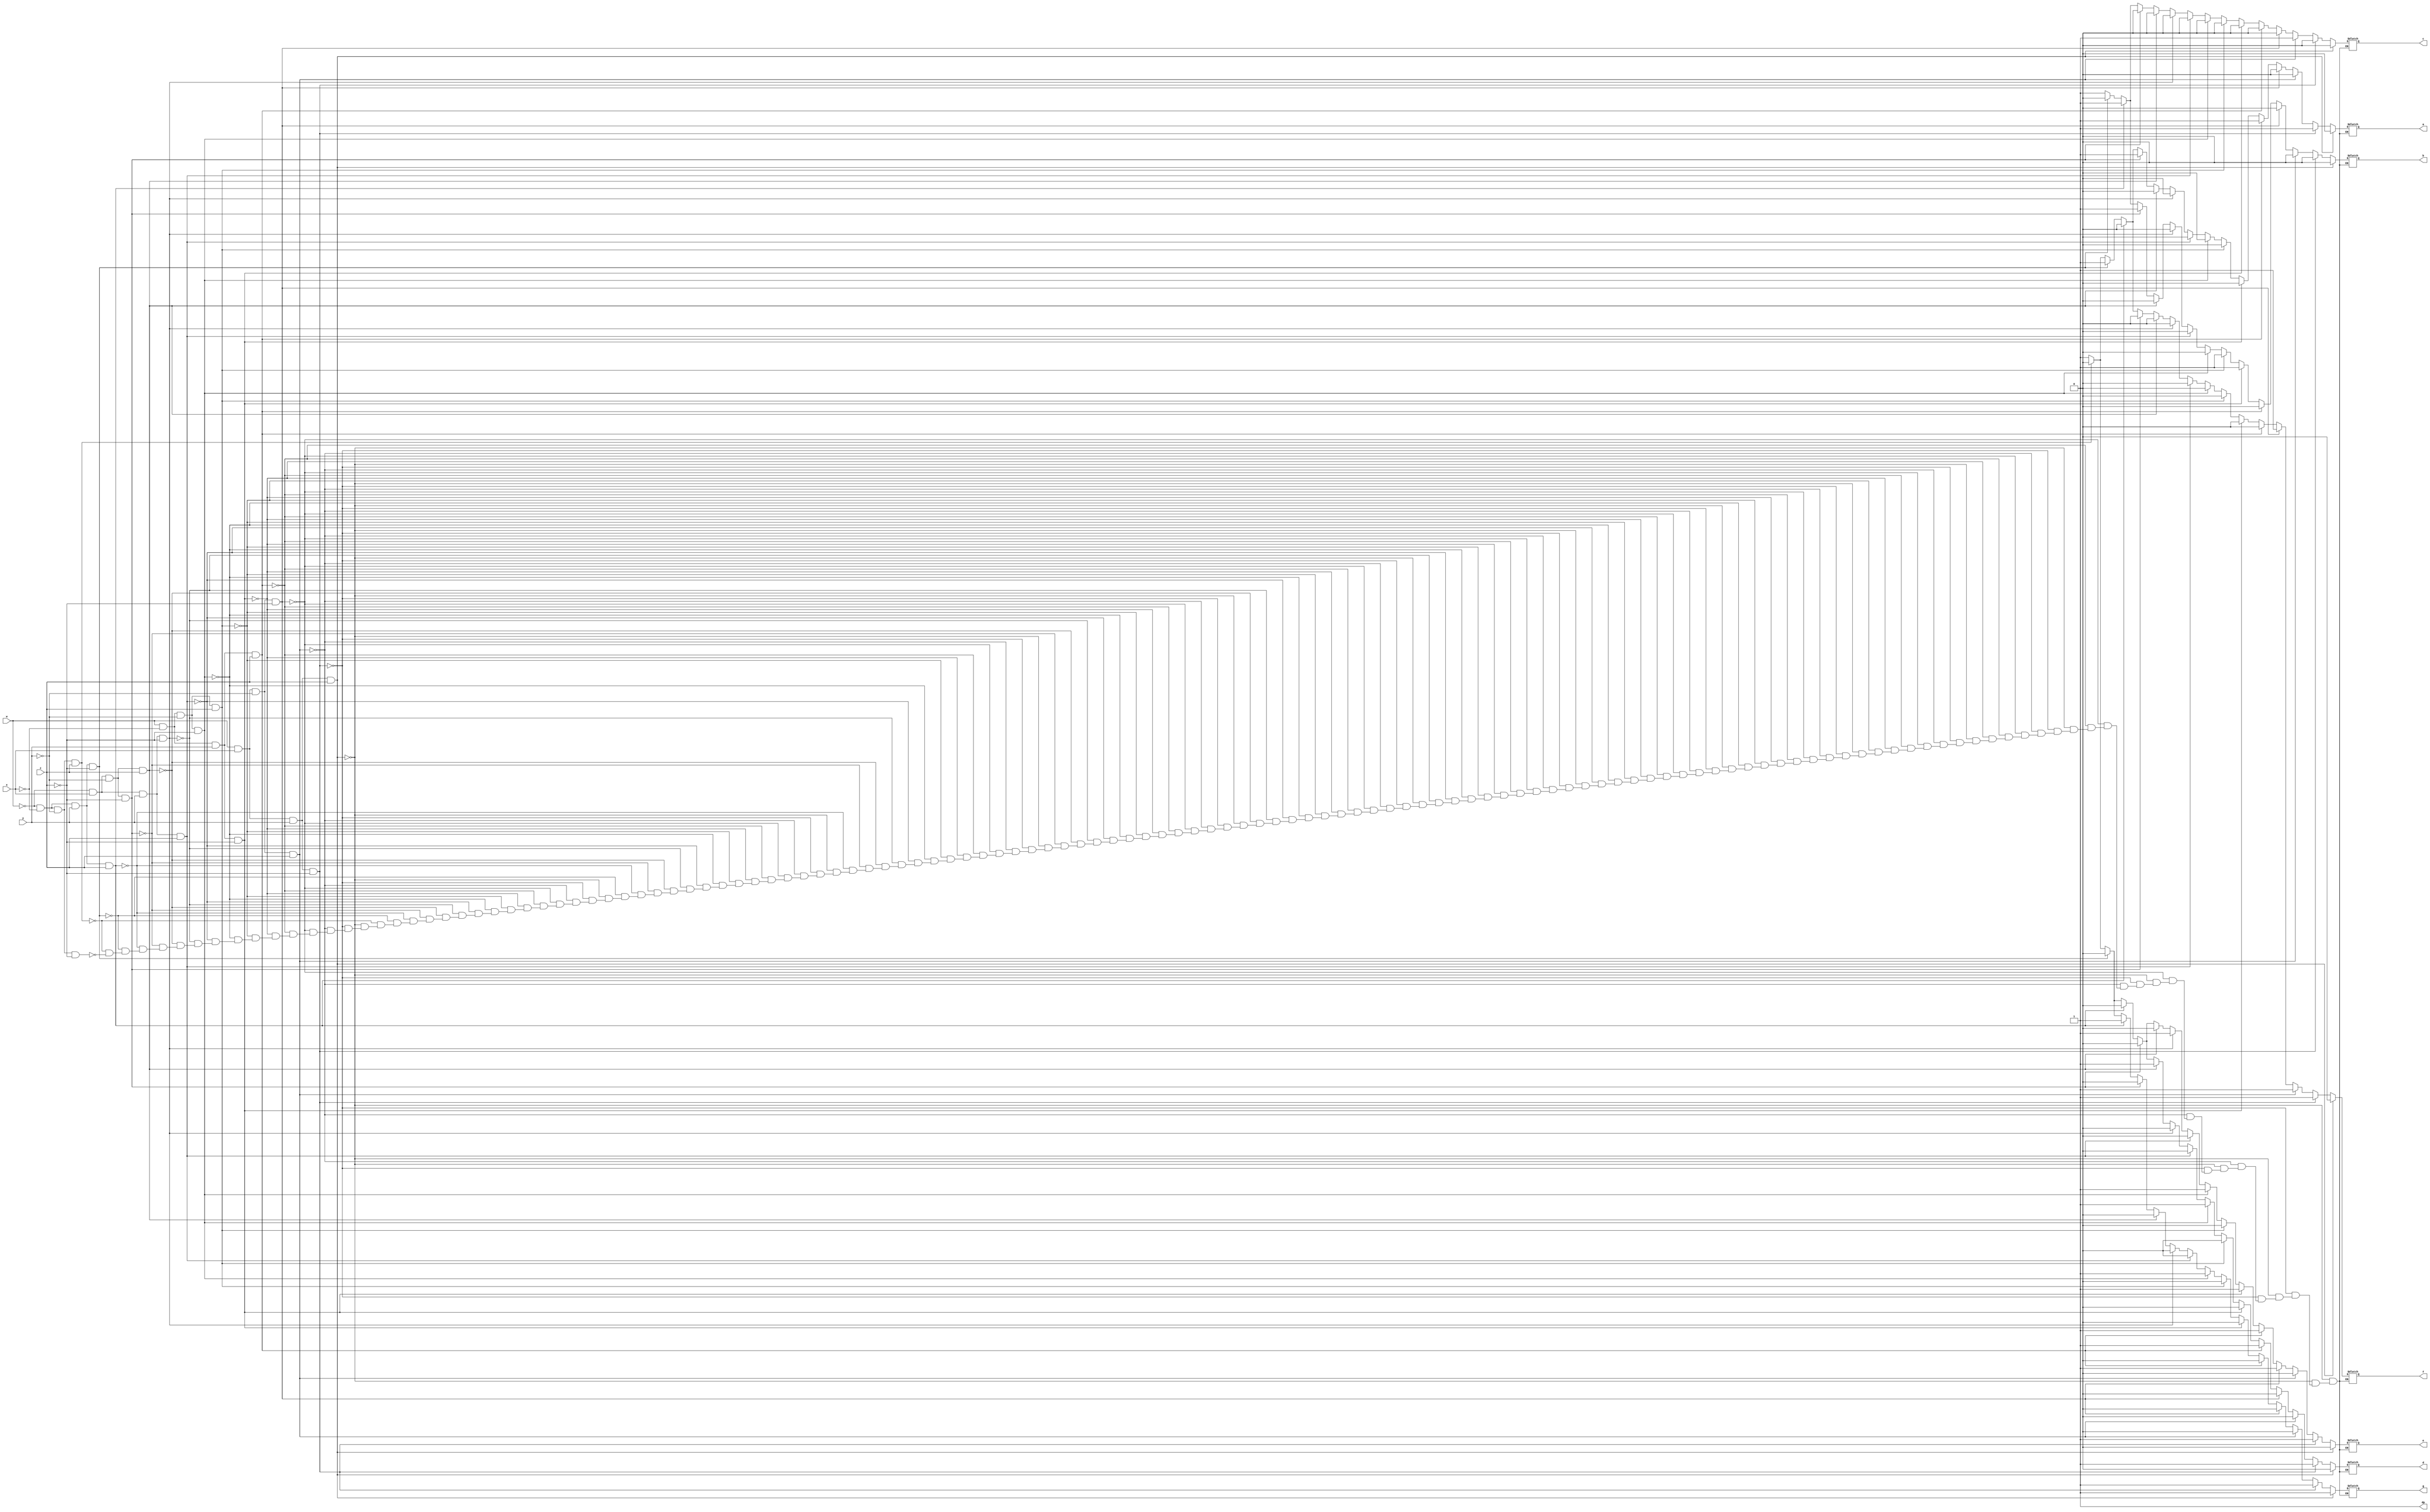
`timescale 1ns / 1ps

module SevenSegmentLogic(w, x, y, z, a, b, c, d, e, f, g, dp);

	input w, x, y, z;
	output reg a, b, c, d, e, f, g, dp;
	
	always@(w, x, y, z) begin
		$display("wxyz = ",w,x,y,z);
		// 0
		if (w==1 && x==1 && y==1 && z==1) begin
			a = 0;
			b = 0;
			c = 0;
			d = 0;
			e = 0;
			f = 0;
			g = 1;
		end
		// 1
		else if (w==1 && x==1 && y==1 && z==0) begin
			a = 1;
			b = 0;
			c = 0;
			d = 1;
			e = 1;
			f = 1;
			g = 1;
		end
		// 2
		else if (w==1 && x==1 && y==0 && z==1) begin
			a = 0;
			b = 0;
			c = 1;
			d = 0;
			e = 0;
			f = 1;
			g = 0;
		end
		// 3
		else if (w==1 && x==1 && y==0 && z==0) begin
			a = 0;
			b = 0;
			c = 0;
			d = 0;
			e = 1;
			f = 1;
			g = 0;
		end
		// 4
		else if (w==1 && x==0 && y==1 && z==1) begin
			a = 1;
			b = 0;
			c = 0;
			d = 1;
			e = 1;
			f = 0;
			g = 0;
		end
		// 5
		else if (w==1 && x==0 && y==1 && z==0) begin
			a = 0;
			b = 1;
			c = 0;
			d = 0;
			e = 1;
			f = 0;
			g = 0;
		end
		// 6
		else if (w==1 && x==0 && y==0 && z==1) begin
			a = 0;
			b = 1;
			c = 0;
			d = 0;
			e = 0;
			f = 0;
			g = 0;
		end
		// 7
		else if (w==1 && x==0 && y==0 && z==0) begin
			a = 0;
			b = 0;
			c = 0;
			d = 1;
			e = 1;
			f = 1;
			g = 1;
		end
		// 8
		else if (w==0 && x==1 && y==1 && z==1) begin
			a = 0;
			b = 0;
			c = 0;
			d = 0;
			e = 0;
			f = 0;
			g = 0;
		end
		// 9
		else if (w==0 && x==1 && y==1 && z==0) begin
			a = 0;
			b = 0;
			c = 0;
			d = 0;
			e = 1;
			f = 0;
			g = 0;
		end
		// A
		else if (w==0 && x==1 && y==0 && z==1) begin
			a = 0;
			b = 0;
			c = 0;
			d = 1;
			e = 0;
			f = 0;
			g = 0;
		end
		// b
		else if (w==0 && x==1 && y==0 && z==0) begin
			a = 1;
			b = 1;
			c = 0;
			d = 0;
			e = 0;
			f = 0;
			g = 0;
		end
		// C
		else if (w==0 && x==0 && y==1 && z==1) begin
			a = 0;
			b = 1;
			c = 1;
			d = 0;
			e = 0;
			f = 0;
			g = 1;
		end
		// d
		else if (w==0 && x==0 && y==1 && z==0) begin
			a = 1;
			b = 0;
			c = 0;
			d = 0;
			e = 0;
			f = 1;
			g = 0;
		end
		// E
		else if (w==0 && x==0 && y==0 && z==1) begin
			a = 0;
			b = 1;
			c = 1;
			d = 0;
			e = 0;
			f = 0;
			g = 0;
		end
		// No Character
		else if (w==0 && x==0 && y==0 && z==0) begin
			a = 1;
			b = 1;
			c = 1;
			d = 1;
			e = 1;
			f = 1;
			g = 1;
		end
		else begin
			$display("S7L #ERROR#");
		end
		dp = 1;
		$display("abcdefg,dp = ",a,b,c,d,e,f,g,dp);
	end

endmodule